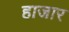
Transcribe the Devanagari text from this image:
हाजार